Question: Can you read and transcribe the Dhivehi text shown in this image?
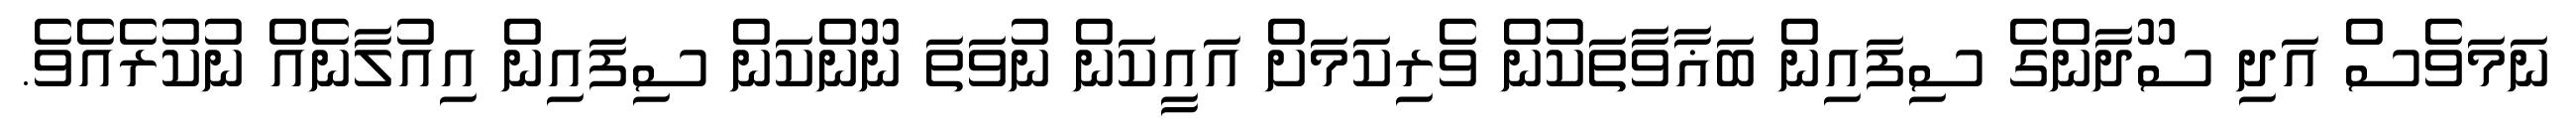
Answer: ނަމަވެސް އަދި ސޫދާންގެ ސިފައިން ބަޣާވާތަކުން ވެރިކަމަށް އައީކަން ނުވަތަ ނޫންކަން ސިފައިން އިއުލާނެއް ނުކުރެއެވެ.